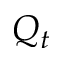
Q _ { t }